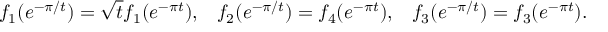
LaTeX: f _ { 1 } ( e ^ { - \pi / t } ) = \sqrt { t } f _ { 1 } ( e ^ { - \pi t } ) , \; \; \; f _ { 2 } ( e ^ { - \pi / t } ) = f _ { 4 } ( e ^ { - \pi t } ) , \; \; \; f _ { 3 } ( e ^ { - \pi / t } ) = f _ { 3 } ( e ^ { - \pi t } ) .